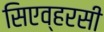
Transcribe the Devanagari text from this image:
सिएव्हरसी